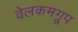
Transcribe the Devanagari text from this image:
वेलकमग्रूप